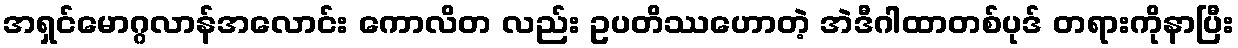
အရှင်မောဂ္ဂလာန်အလောင်း ကောလိတ လည်း ဥပတိဿဟောတဲ့ အဲဒီဂါထာတစ်ပုဒ် တရားကိုနာပြီး